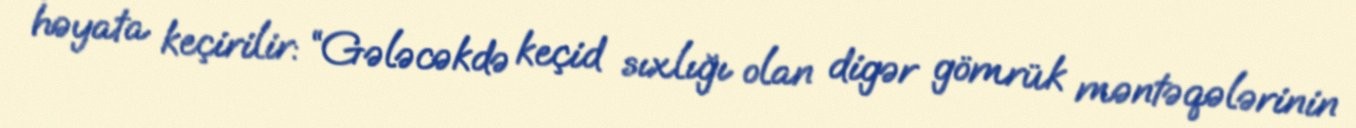
həyata keçirilir: “Gələcəkdə keçid sıxlığı olan digər gömrük məntəqələrinin